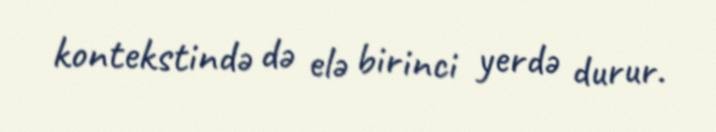
kontekstində də elə birinci yerdə durur.